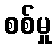
စစ်မှု